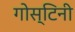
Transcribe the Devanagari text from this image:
गोस्टिनी